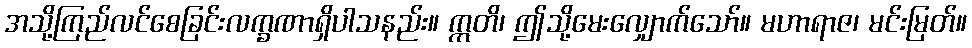
အသို့ကြည်လင်စေခြင်းလက္ခဏာရှိပါသနည်း။ ဣတိ၊ ဤသို့မေးလျှောက်သော်။ မဟာရာဇ၊ မင်းမြတ်။